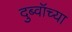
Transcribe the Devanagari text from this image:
दुब्वॉच्या